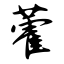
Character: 藿